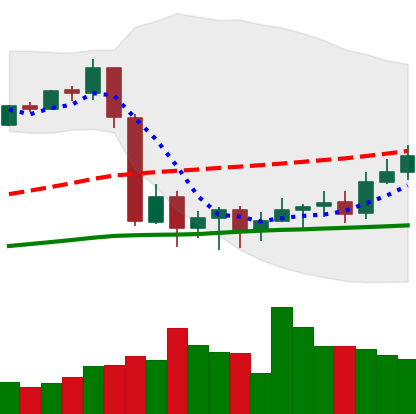
Ticker: BTC-USD
Chart end date: 2020-09-16
Forward return: -4.671%
Label: down_3_5